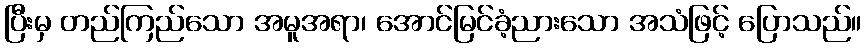
ပြီးမှ တည်ကြည်သော အမူအရာ၊ အောင်မြင်ခံ့ညားသော အသံဖြင့် ပြောသည်။